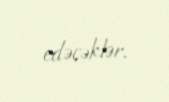
edəcəklər.